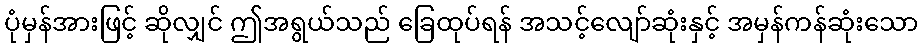
ပုံမှန်အားဖြင့် ဆိုလျှင် ဤအရွယ်သည် ခြေထုပ်ရန် အသင့်လျော်ဆုံးနှင့် အမှန်ကန်ဆုံးသော